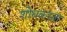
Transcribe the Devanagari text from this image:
शोधकरता